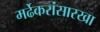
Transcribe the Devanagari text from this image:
मर्ढेकरांसारखा